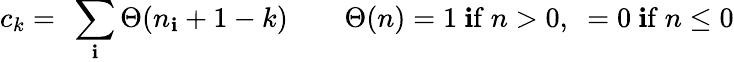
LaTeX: c_{k}=\ \sum_{\mathbf{i}}\Theta(n_{\mathbf{i}}+1-k)\qquad\Theta(n)=1\mathrm{{~\mathbf{i}f~}}n>0,\ =0\mathrm{{~\mathbf{i}f~}}n\leq0